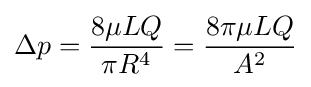
\Delta p={\frac {8\mu LQ}{\pi R^{4}}}={\frac {8\pi \mu LQ}{A^{2}}}